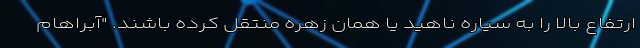
ارتفاع بالا را به سیاره ناهید یا همان زهره منتقل کرده باشند. "آبراهام